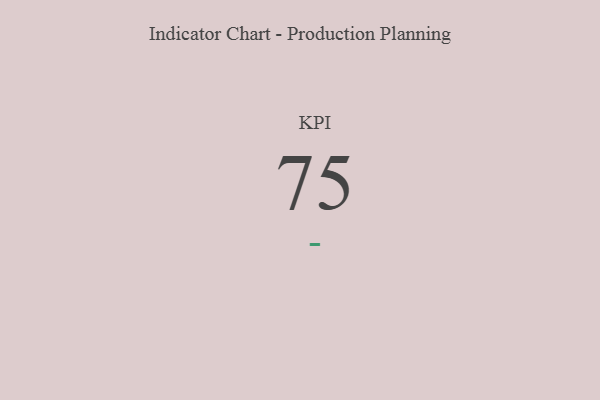
{"axis": {"x": "KPI", "y": "Value"}, "legend": [""], "data": [{"x": "KPI", "y": 75, "type": ""}]}